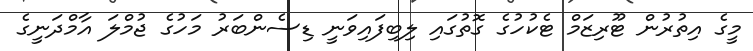
މީގެ އިތުރުން ޓޫރިޒަމް ޓެކުހުގެ ގޮތުގައި ލިބިފައިވަނީ ޑިސެންބަރު މަހުގެ ޖުމްލަ އާމްދަނީގެ